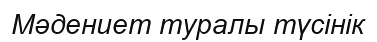
Мәдениет туралы түсінік